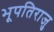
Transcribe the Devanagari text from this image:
भूपतिराजु